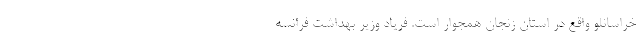
خراسانلو واقع در استان زنجان همجوار است. فریاد وزیر بهداشت فرانسه